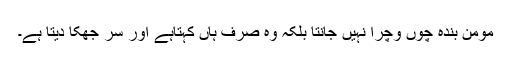
مومن بندہ چوں وچرا نہیں جانتا بلکہ وہ صرف ہاں کہتاہے اور سر جھکا دیتا ہے۔